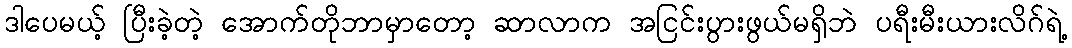
ဒါပေမယ့် ပြီးခဲ့တဲ့ အောက်တိုဘာမှာတော့ ဆာလာက အငြင်းပွားဖွယ်မရှိဘဲ ပရီးမီးယားလိဂ်ရဲ့